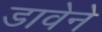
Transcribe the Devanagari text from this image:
डावेने